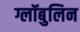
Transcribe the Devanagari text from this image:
ग्लॉबुलिन